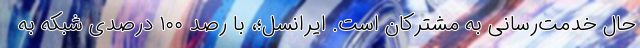
حال خدمت‌رسانی به مشترکان است. ایرانسل؛، با رصد ۱۰۰ درصدی شبکه به